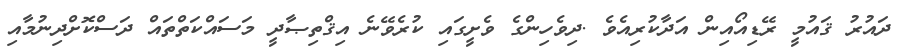
ދައުރު ޤައުމީ ރޭޑިއޯއިން އަދާކުރިއެވެ .ދިވެހިންގެ ވެށީގައި ކުރެވޭނެ އިޤްތިޞާދީ މަސައްކަތްތައް ދަސްކޮށްދިނުމާއި